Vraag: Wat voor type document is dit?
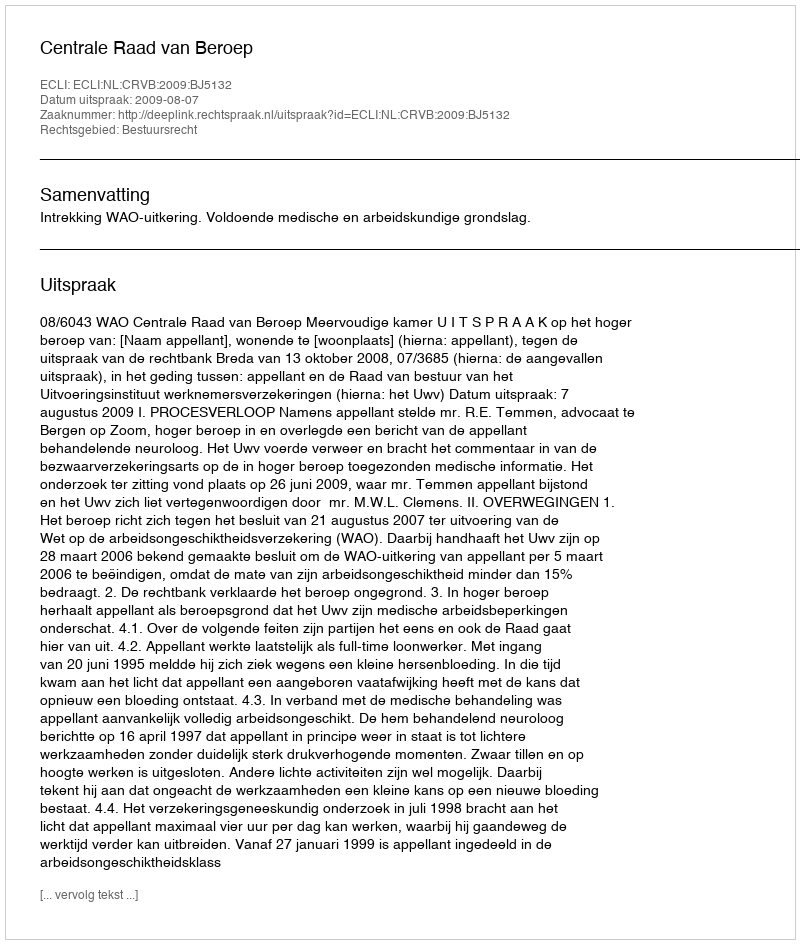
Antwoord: Uitspraak